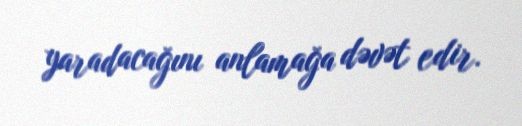
yaradacağını anlamağa dəvət edir.